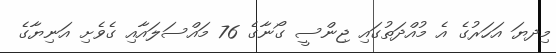
މިިދޔަ އަހަރުގެ އެ މުއްދަތުގައި ޖިންސީ ގޯނާގެ 76 މައްސަލައާއި ގެވެށި އަނިޔާގެ